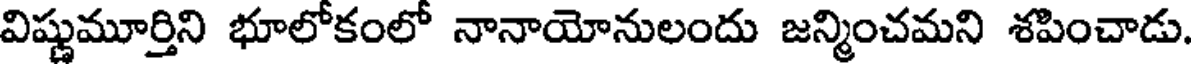
విష్ణుమూర్తిని భూలోకంలో నానాయోనులందు జన్మించమని శపించాడు.